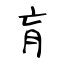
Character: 肓